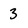
Character: 3